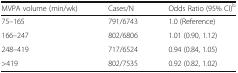
<table><thead><tr><td><b>MVPA volume (min/wk)</b></td><td><b>Cases/N</b></td><td><b>Odds Ratio (95% CI)<sup>b</sup></b></td></tr></thead><tbody><tr><td>75–165</td><td>791/6743</td><td>1.0 (Reference)</td></tr><tr><td>166–247</td><td>802/6806</td><td>1.01 (0.90, 1.12)</td></tr><tr><td>248–419</td><td>717/6524</td><td>0.94 (0.84, 1.05)</td></tr><tr><td>&gt;419</td><td>802/7535</td><td>0.92 (0.82, 1.02)</td></tr></tbody></table>